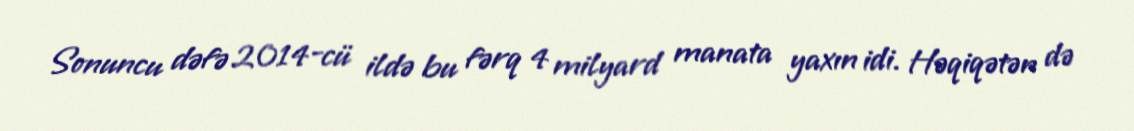
Sonuncu dəfə 2014-cü ildə bu fərq 4 milyard manata yaxın idi. Həqiqətən də